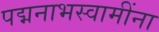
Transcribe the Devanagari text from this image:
पद्मनाभस्वामींना